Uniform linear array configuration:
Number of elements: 48
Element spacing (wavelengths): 0.75
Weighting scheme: hann
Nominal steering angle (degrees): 60
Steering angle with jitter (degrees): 59.92
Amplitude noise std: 0.05
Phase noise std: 0.05

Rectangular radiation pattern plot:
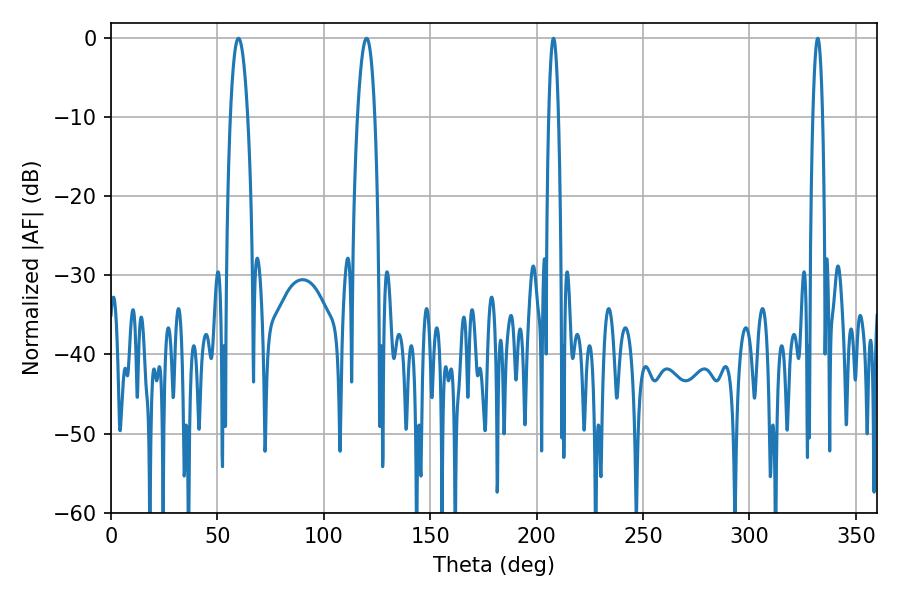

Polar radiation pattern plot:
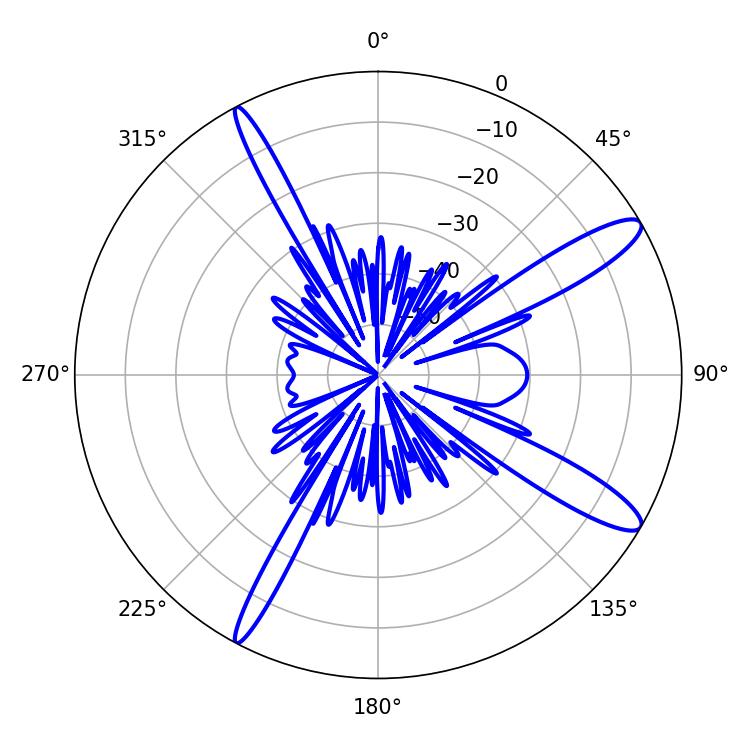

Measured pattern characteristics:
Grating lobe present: TRUE
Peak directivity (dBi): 12.901
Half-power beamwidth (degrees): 2.52
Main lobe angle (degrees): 207.9